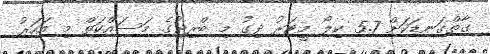
ގާތްގަނޑަކަށް 5.7 ކިލޯ މީޓަރު ދިގު މި ބްރިޖުގެ މަސައްކަތް މި އަހަރު